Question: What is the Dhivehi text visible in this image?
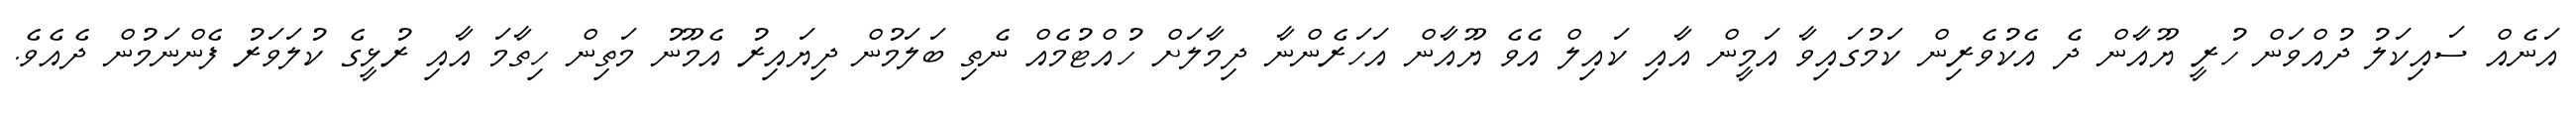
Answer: އަނެއް ސައިކަލު ދުއްވަން ހުރީ ޔޫއާން ދެ އެކުވެރިން ކަމުގައިވާ އަމީން އާއި ކައިލް އެވެ ޔޫއާން އަހަރެންނާ ދިމާލަށް ހުއްޓުމެއް ނެތި ބަލަމުން ދިޔައިރު އެމޫނު މަތިން ހިތާމަ އާއި ރުޅީގެ ކުލަވަރު ފެންނަމުން ދެއެވެ.